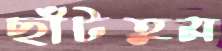
ছাঁটতুম